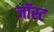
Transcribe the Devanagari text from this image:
जॉस्ट